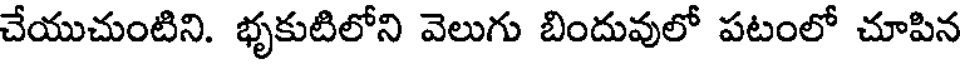
చేయుచుంటిని. భృకుటిలోని వెలుగు బిందువులో పటంలో చూపిన